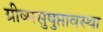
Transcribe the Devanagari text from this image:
ग्रीष्मसुषुप्तावस्था